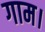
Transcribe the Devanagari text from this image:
गाम।